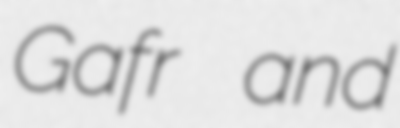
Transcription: Gafr and